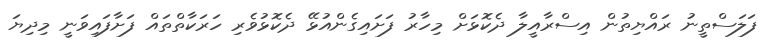
ފަލަސްތީނު ރައްޔިތުން އިސްރާއީލާ ދެކޮޅަށް މިހާރު ފަށައިގެންއުޅޭ ދެކޮޅުވެރި ހަރަކާތްތައް ފަށާފައިވަނީ މިދިޔަ